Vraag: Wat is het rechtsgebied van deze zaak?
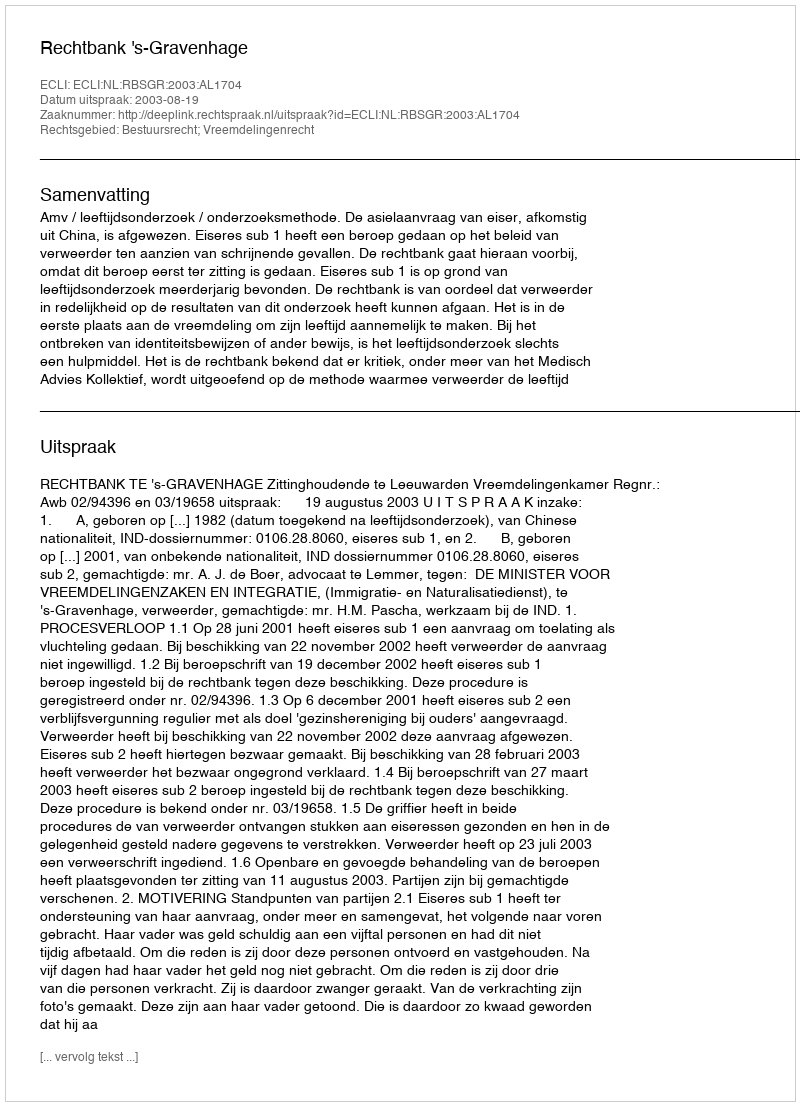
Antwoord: Bestuursrecht; Vreemdelingenrecht